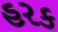
હરક